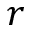
r